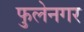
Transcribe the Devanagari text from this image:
फुलेनगर